Vaccination United Provinces of Agra and Oudh 1923-1928 - 1923-1928
Year: 1923
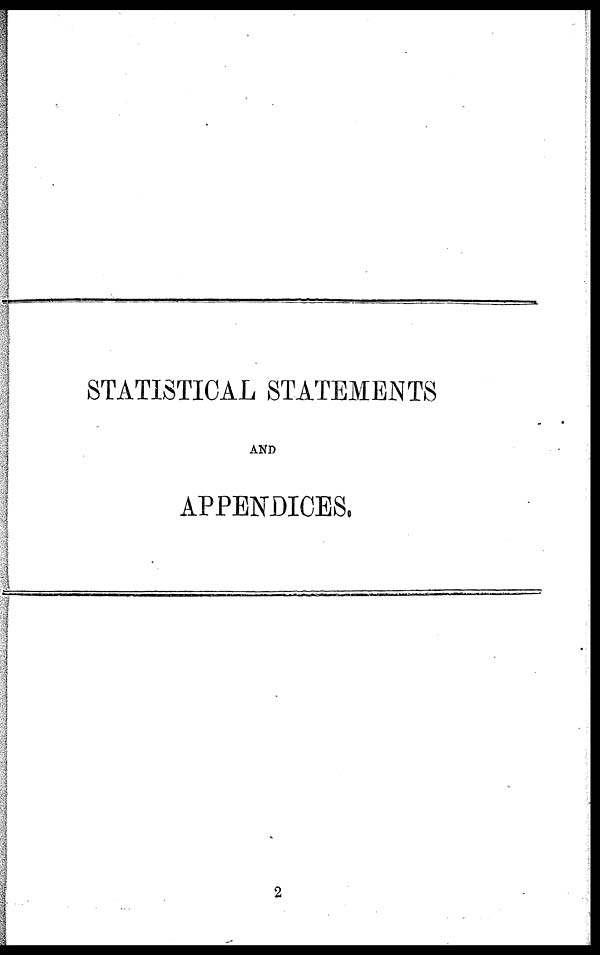
STATISTICAL STATEMENTS
AND
APPENDICES.
2